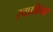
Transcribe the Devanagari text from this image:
स्वप्रविचार